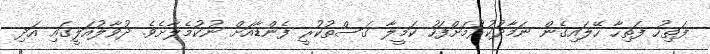
ފަތިހު ފަތިހާ ހޭލައިގެން ނަމާދުކުރުމަށްފަހު ކަމީލާ ގަސްތުކުރީ ފެންޑާއަށް ނުކުމެލާށެވެ. ދުވާލުއަލީގައި އަދި